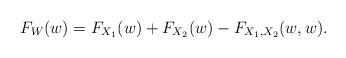
LaTeX: \begin{align*}F_{W}(w)=F_{X_{1}}(w)+F_{X_{2}}(w)-F_{X_{1},X_{2}}(w,w). \end{align*}